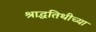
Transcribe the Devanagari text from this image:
श्राद्धतिथीच्या